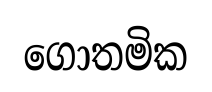
ගොතමික